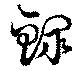
鰥